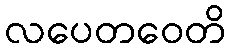
လပေတဝေတိ